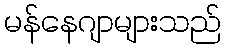
မန်နေဂျာများသည်